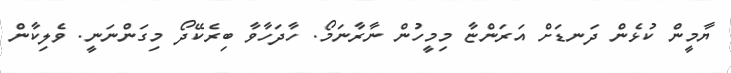
ޔާމީން ކުޅެން ދަނޑަށް އަރަންޏާ މިމީހުން ނާރާނަމޯ. ހާދަހާވާ ބިރެކޭދޯ މިގަންނަނީ. ވެލިކާން